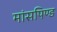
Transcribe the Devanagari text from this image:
मांसपिण्ड